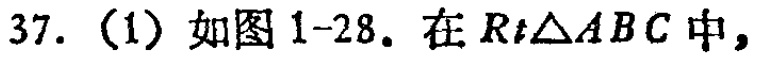
37.（1）如图1-28. 在\(Rt\triangle ABC\)中，